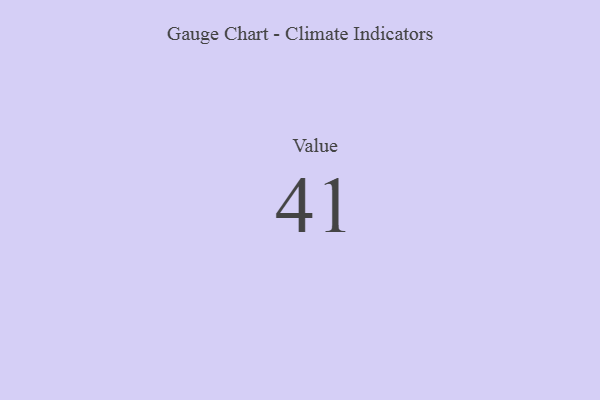
{"axis": {"x": "Metric", "y": "Value"}, "legend": [""], "data": [{"x": "Value", "y": 41, "type": ""}]}